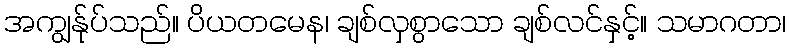
အကျွန်ုပ်သည်။ ပိယတမေန၊ ချစ်လှစွာသော ချစ်လင်နှင့်။ သမာဂတာ၊